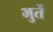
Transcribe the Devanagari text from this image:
भुर्ते